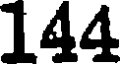
144